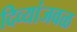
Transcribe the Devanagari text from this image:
दिव्यांजवळ